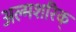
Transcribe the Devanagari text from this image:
अल्मशरिक्